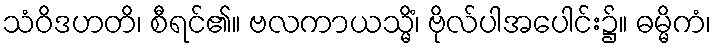
သံဝိဒဟတိ၊ စီရင်၏။ ဗလကာယသ္မိံ၊ ဗိုလ်ပါအပေါင်း၌။ ဓမ္မိကံ၊